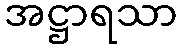
အဋ္ဌာရသာ